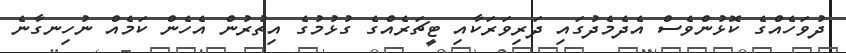
ދުވަހެއްގެ ކޮޅުންވެސް އެދެމެދުގައި ދަރިވަރަކާއި ޓީޗަރެއްގެ ގުޅުމުގެ އިތުރުން އެހެން ކަމެއް ނުހިނގާނެ